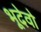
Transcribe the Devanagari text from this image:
भूदेवो